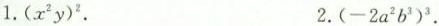
1.(x^{2}y)^{2}. 2.(-2a^{2}b^{3})^{3}.